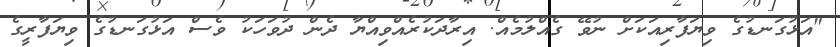
"އަޅުގަނޑުގެ ވިޔަފާރިއަކަށް ނުވޭ ގެއްލުމެއް. އިރާދަކުރެއްވިއްޔާ ދެން ދުވަހަކު ވެސް އަޅުގަނޑުގެ ވިޔަފާރީގެ